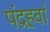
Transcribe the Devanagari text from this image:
पंद्रहवां